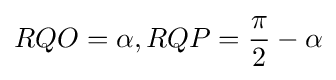
RQO=\alpha ,RQP={\frac {\pi }{2}}-\alpha